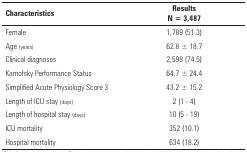
| Characteristics | ResultsN = 3,487 |
 | --- | --- |
 | Female | 1,789 (51.3) |
 | Age (years) | 62.8 ± 18.7 |
 | Clinical diagnoses | 2,598 (74.5) |
 | Karnofsky Performance Status | 64.7 ± 24.4 |
 | Simplified Acute Physiology Score 3 | 43.2 ± 15.2 |
 | Length of ICU stay (days) | 2 (1 - 4) |
 | Length of hospital stay (days) | 10 (5 - 19) |
 | ICU mortality | 352 (10.1) |
 | Hospital mortality | 634 (18.2) |